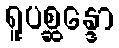
ရူပစ္ဆန္ဒော